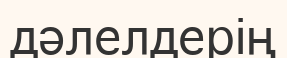
дәлелдерің